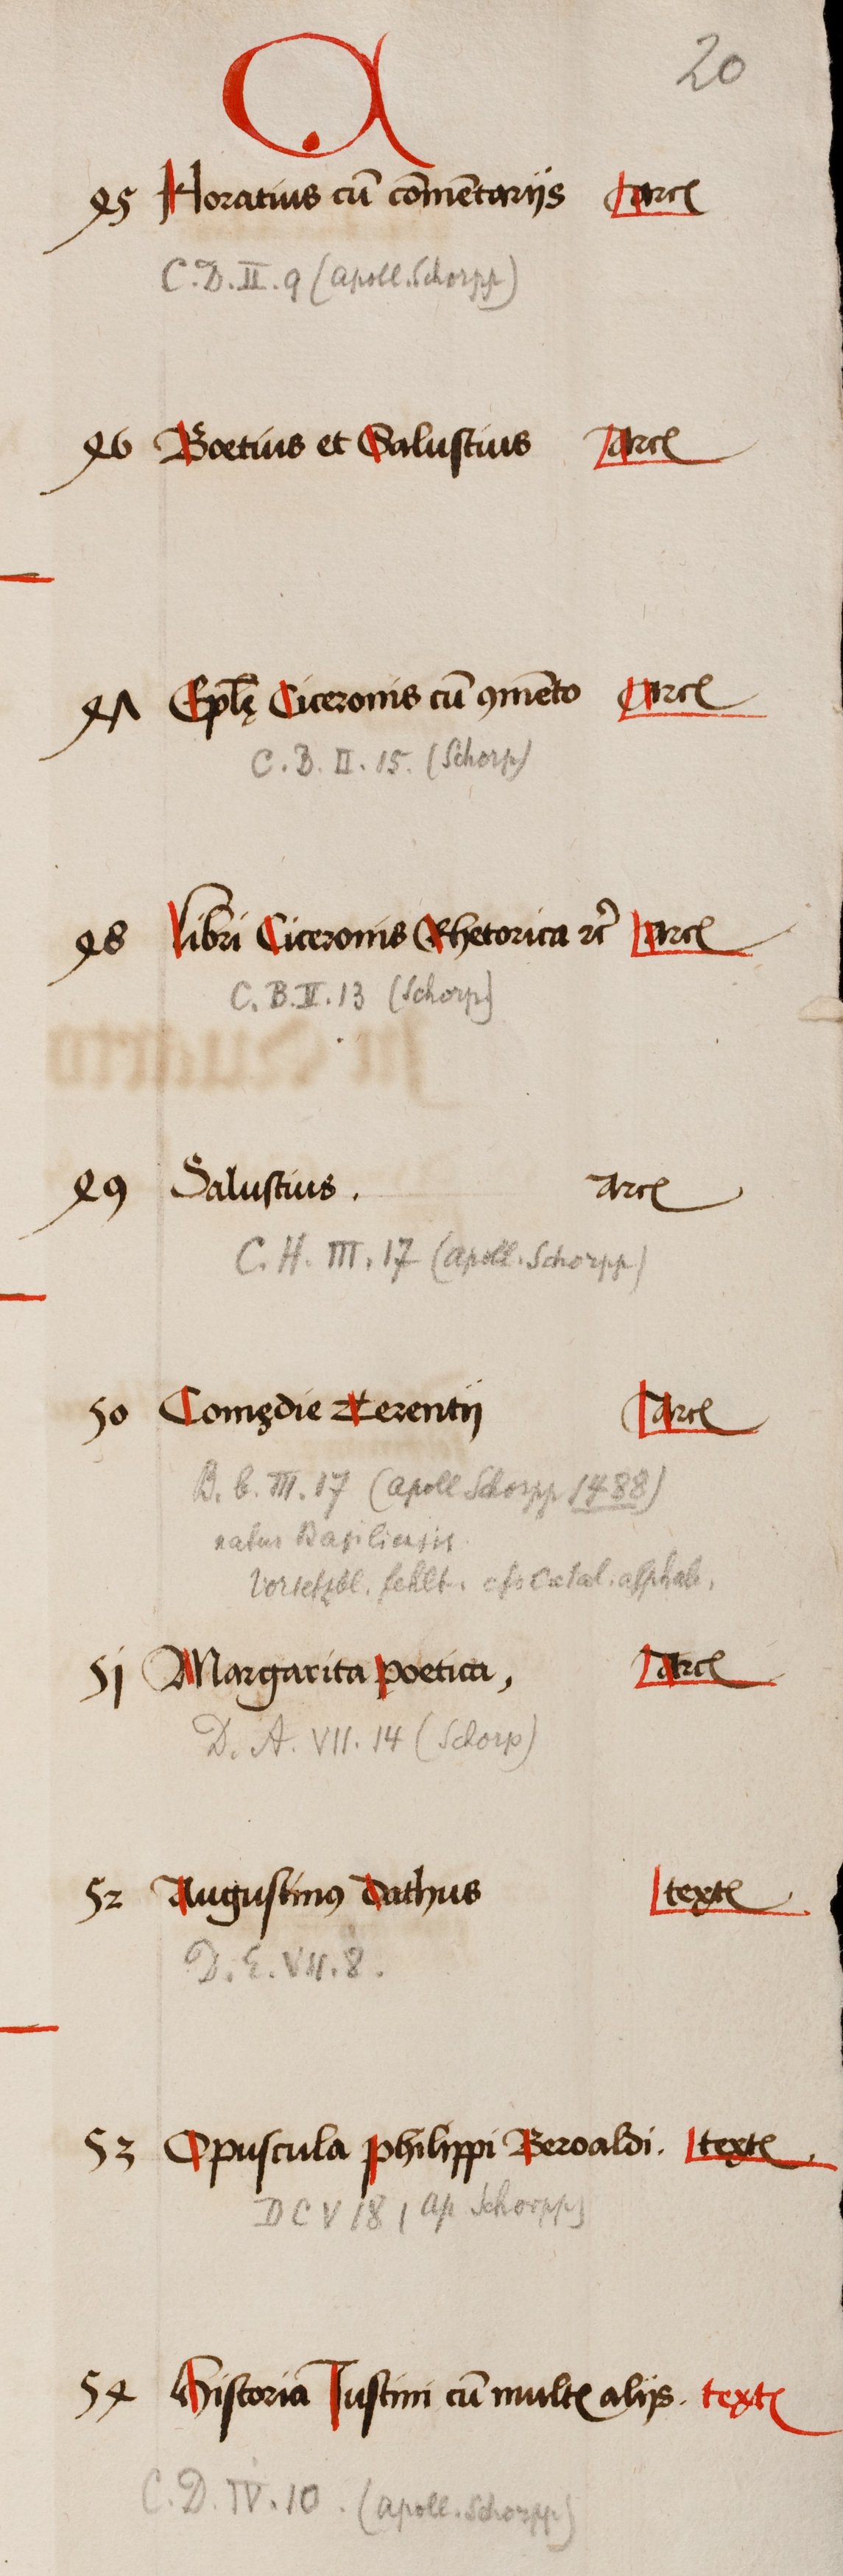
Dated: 1505–1535